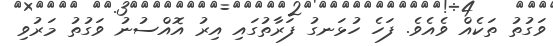
ވަގުތު ތަކެއް ވެއެވެ. ފަހެ ހުޅަނގު ފަރާތުގައި އިރު އޮއްސުނު ވަގުތު މަރުވި